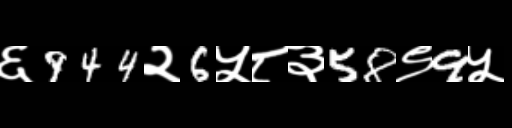
Text: ६944२6५८३58९9५